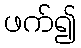
ဖက်၍